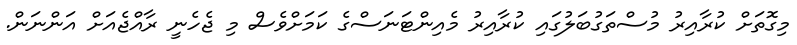
މިގޮތަށް ކުރާއިރު މުސްތަގުބަލުގައި ކުރާއިރު މެއިންޓަނަސްގެ ކަމަށްވެސް މި ޖެހެނީ ރާއްޖެއަށް އަންނަން.